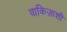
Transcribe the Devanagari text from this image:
वाकिज़ाशी